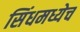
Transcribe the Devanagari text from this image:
सिंधमध्येच